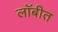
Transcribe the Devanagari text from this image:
लॉबीत